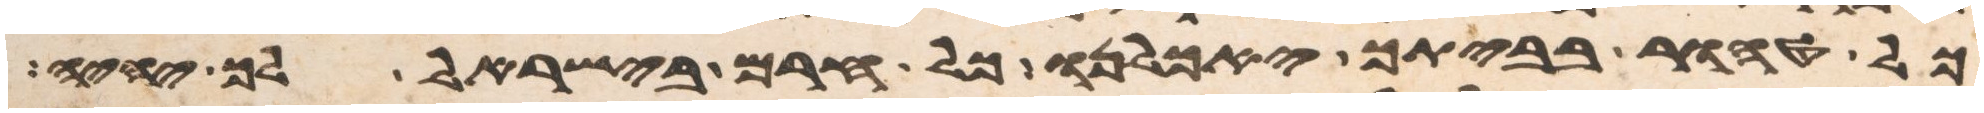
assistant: כל טהור בביתך יאכלנו כל חרם בישראל לך יהיה